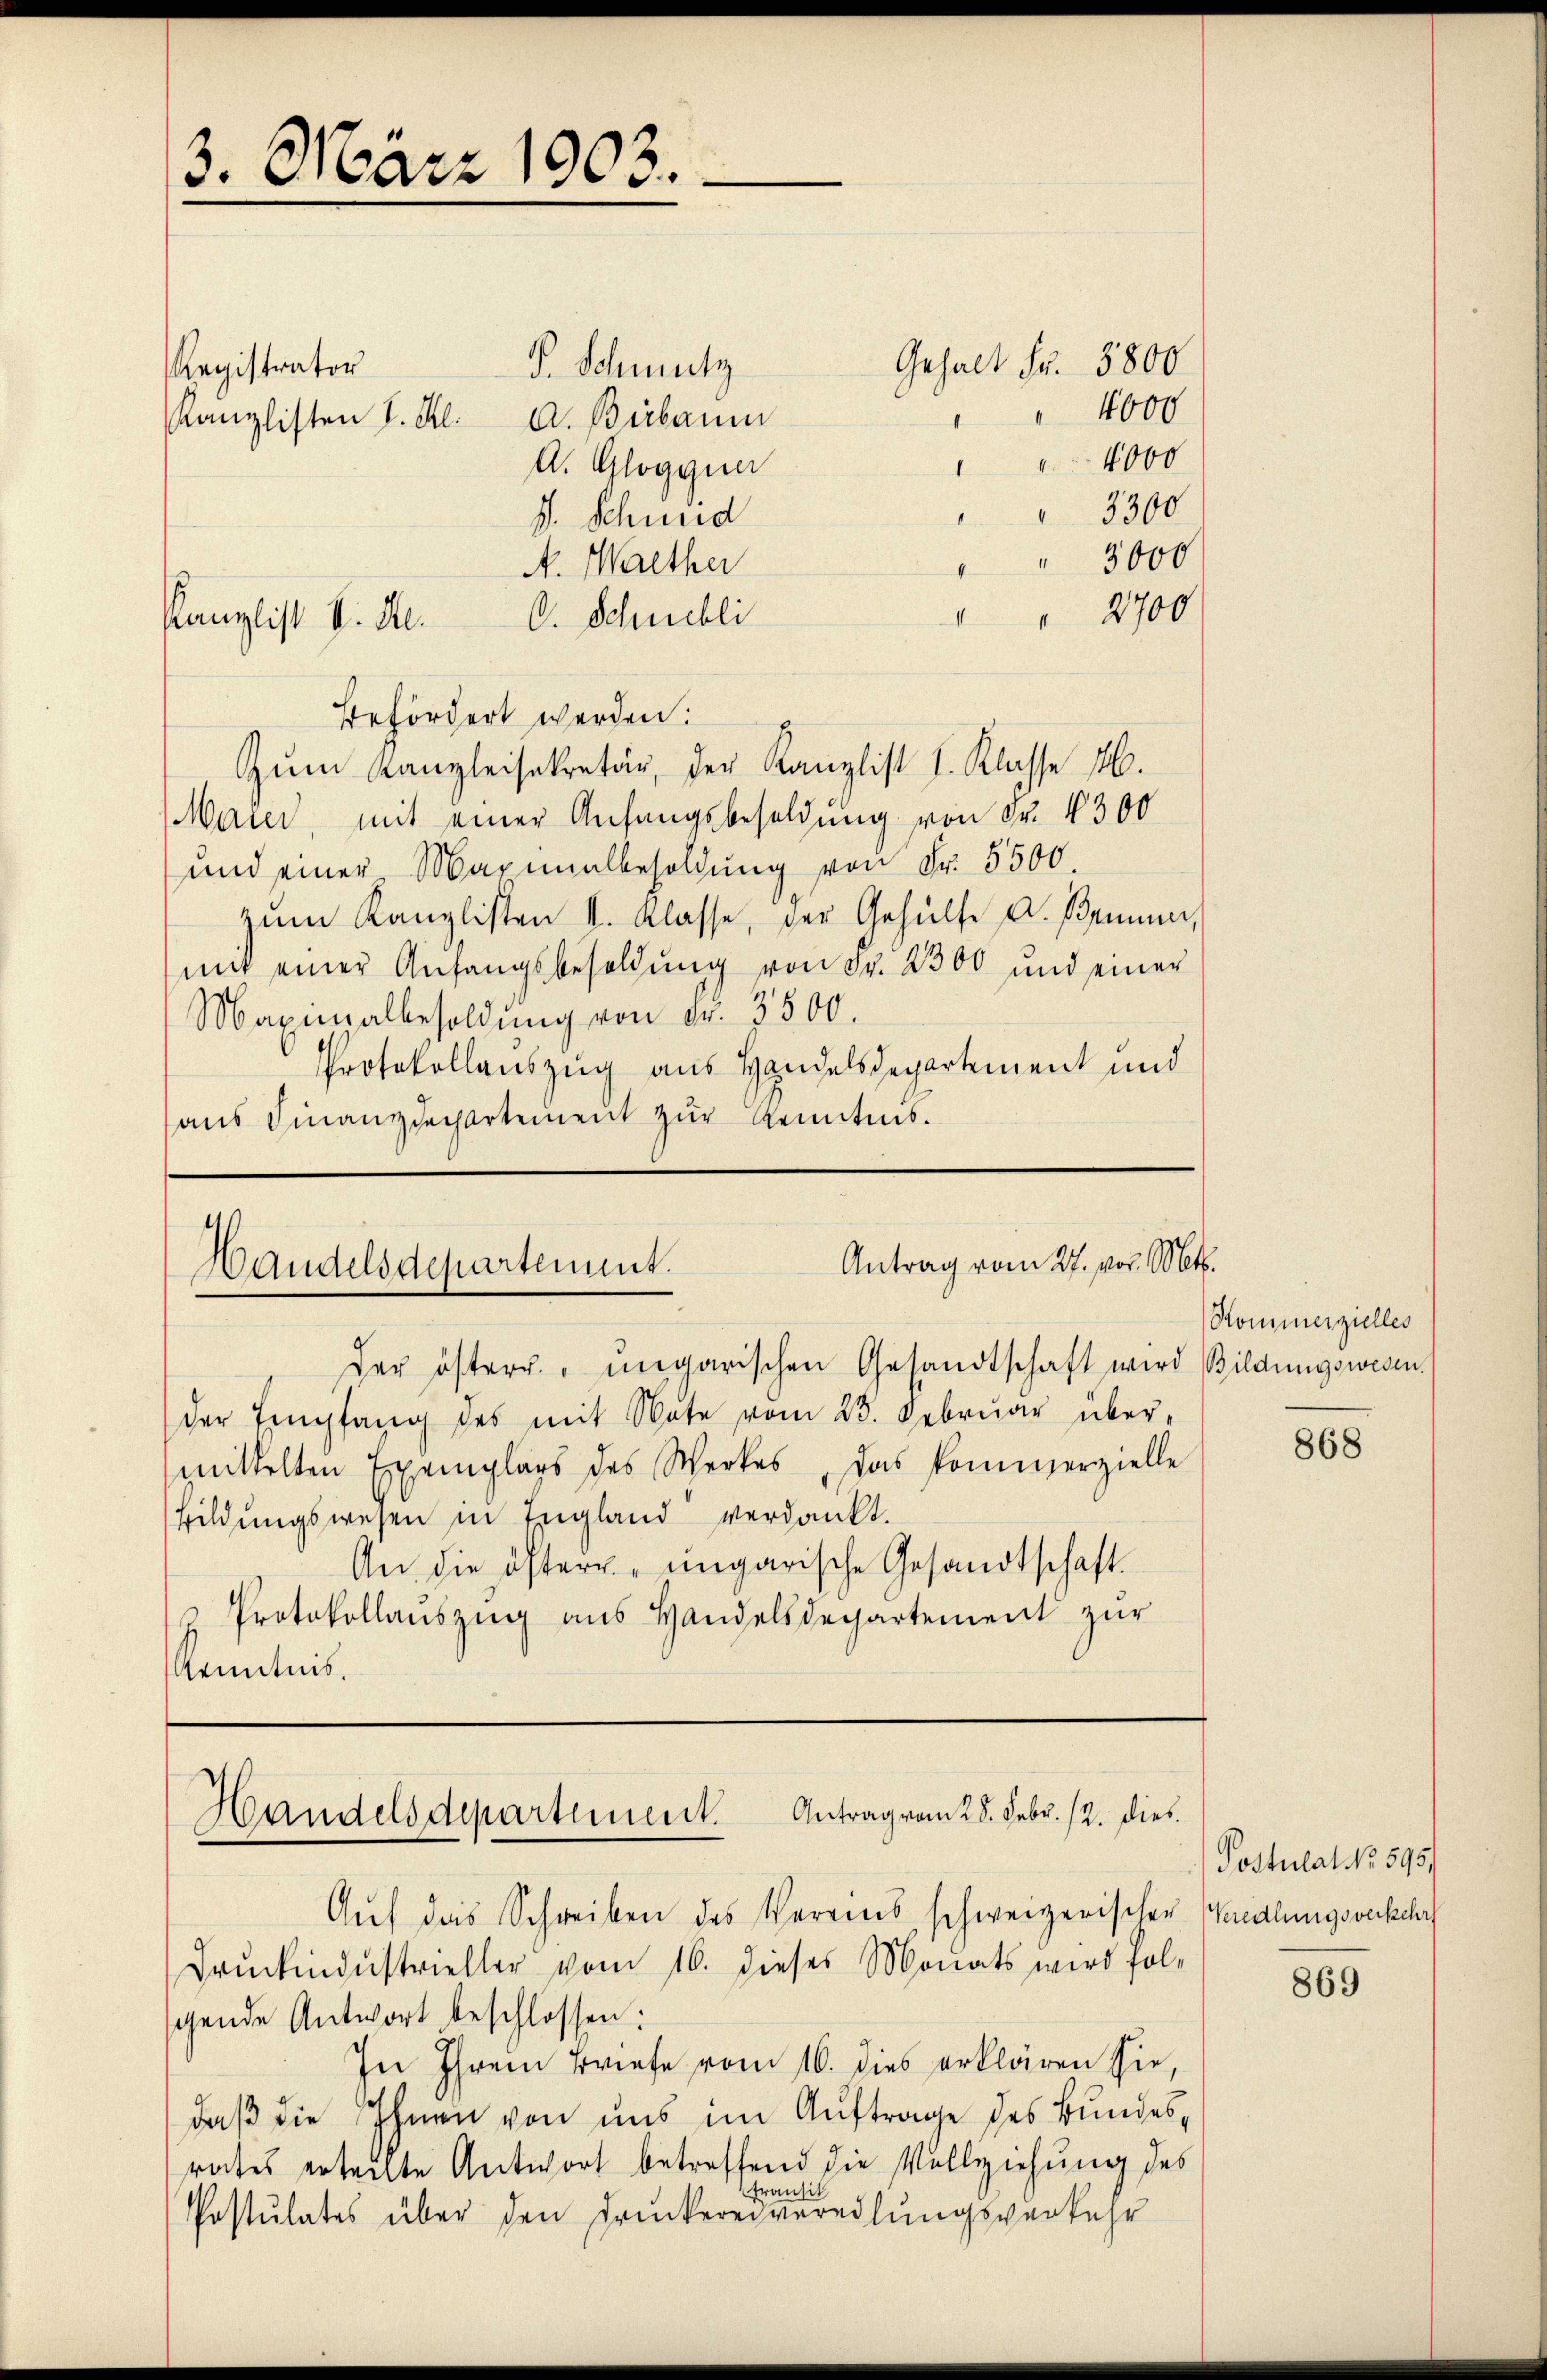
3. März 1903.

P. Schmutz
Registrator
Kanzlisten L. K. A. Bibaum
A. Gloggia
3300
f. Schneid
" 3000
A. Walther
 2700
C. Schnebli
I
befördert werden.
Zum Kanzleisekretär, der Kanzlist I. Klasse 4.
Maier, mit einer Anfangsbesoldung von Fr. 4300
und einer Maximalbesoldŭng von Fr. 5500.
zŭm Kanzlisten I. Klasse, der Gehülfe A. Brunner,
mit einer Anfangsbesoldŭng von Fr. 2300 und einer
Maximalbesoldung von Fr. 3500.
Protokollauszug aus Handelsdepartement und
aus Finanzdechartement zur Kenntnis.

Kanzlist v. M.

der österr. ungarischen Gesandtschaft wird Bildungswesen.
der Empfang des mit Note vom 23. Februar übermittelten Exemplars des Werkes, das Pommerzielle
bildungswesen in England verdankt.
An die öfter ungarische Gesandtschaft.
u Protokollauszug aus Handelsdepartement zur
Kenntnis.

Gehalt Fr. 3800

4000
4000

Antrag vom 27. vor. Mts.
Handelsdepartement.

Kommerzielles

Handelsdepartement. Antrag vom 28. Febr. 12. dies

Aŭf das Schreiben des Vereins schweizerischer Wiedlungsverkehr
Drŭckindustrieller vom 16. dieses Monats wird fol-
gende Antwort beschlossen:
In Ihrem Briefe vom 16. dies erklären sie,
daß die Ihnen von uns im Auftrage des Bundes,
rates erteilte Antwort betreffend die Vollziehung des
transit
Postulates über den Druckereiveredlungsverkehr

868

Postulat No 595.

869